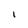
Character: I